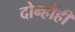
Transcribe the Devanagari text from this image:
दोन्हींही